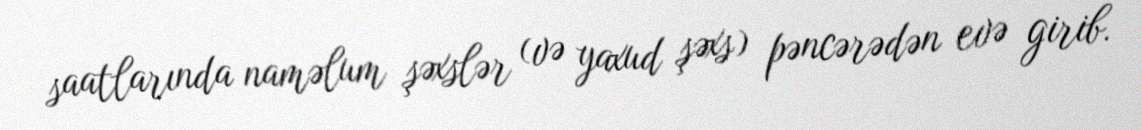
saatlarında naməlum şəxslər (və yaxud şəxs) pəncərədən evə girib.